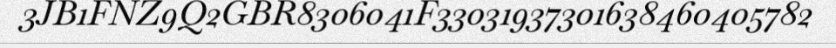
3JB1FNZ9Q2GBR8306041F33031937301638460405782